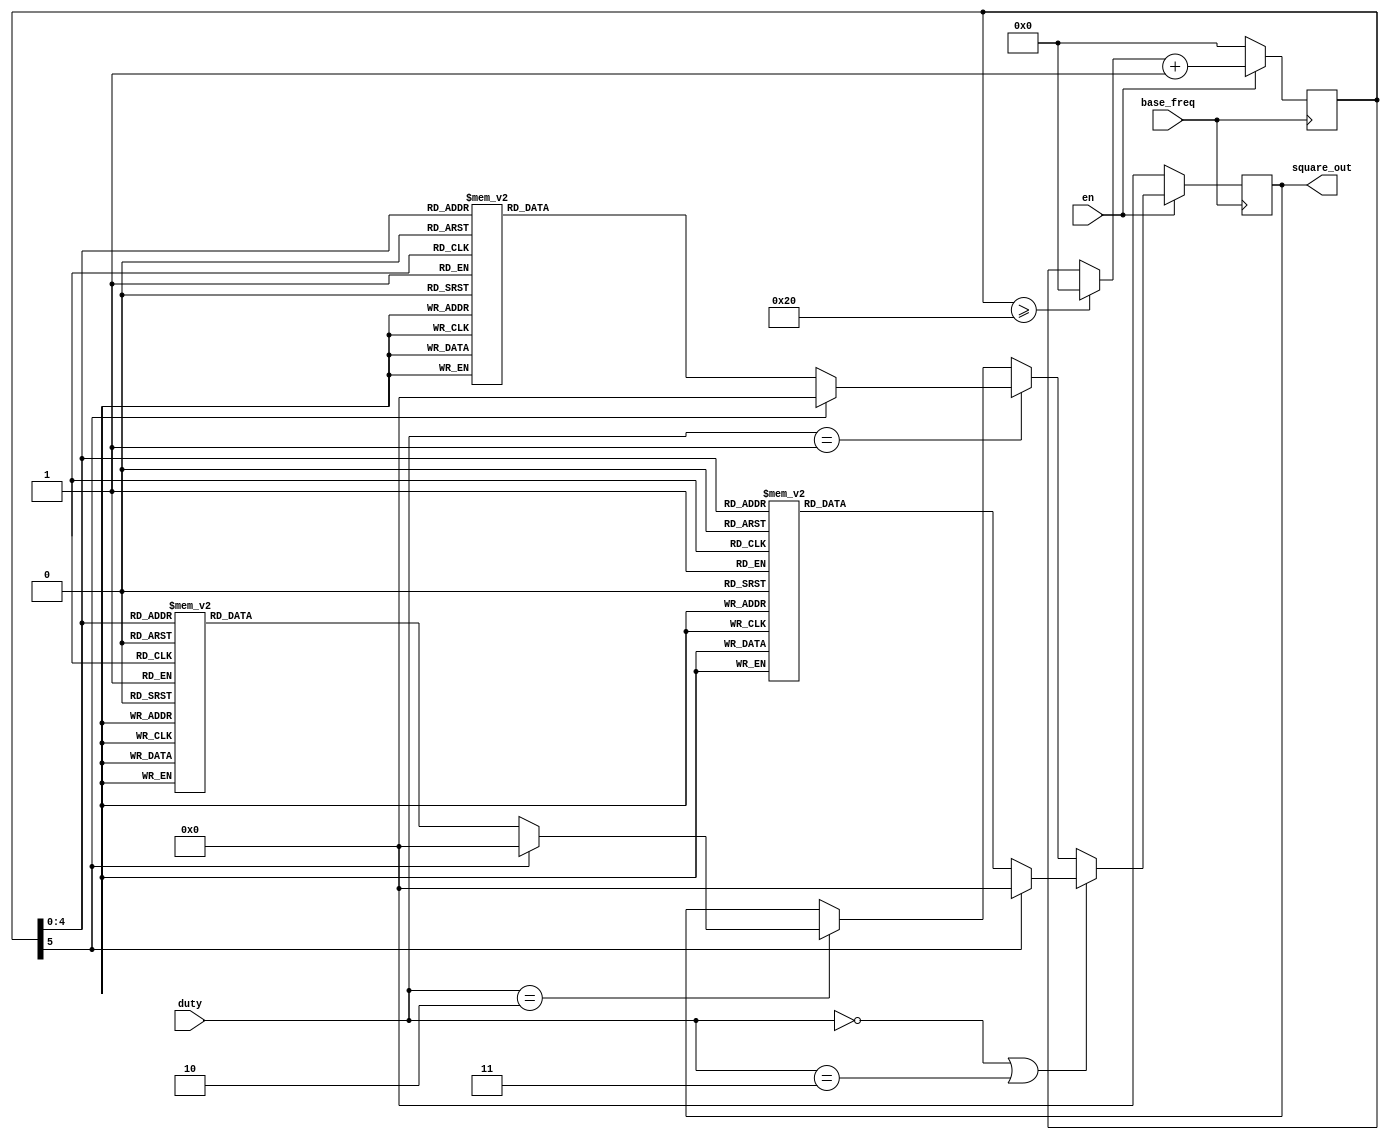
`timescale 1ns / 1ns
//SQUAREGEN: Generates a square wave at 64x the input frequency. 
module square_gen(
	base_freq,
	square_out,
	duty,
	en
    );

//input en;
input base_freq;
input [1:0] duty;
input en;
reg [5:0] count; //max value 63
reg [1:0] step;
output reg [3:0] square_out;

initial
begin
count = 0;
step = 0;
square_out = 4'b0000;
end

always@(posedge base_freq)
begin

/*
if (count >= 16)
begin
	if (square_out == 4'b0000)
		begin
			square_out = 4'b1111;
		end
	else
		begin
			square_out = 4'b0000;
		end
	count = 0;
end
*/
if (duty == 0 || duty == 3)
begin
	case (count)
	0: square_out = 0;
	1: square_out = 0;
	2: square_out = 0;
	3: square_out = 0;
	
	4: square_out = 0;
	5: square_out = 0;
	6: square_out = 0;
	7: square_out = 0;
	
	8: square_out = 0;
	9: square_out = 0;
	10: square_out = 0;
	11: square_out = 0;
	
	12: square_out = 0;
	13: square_out = 0;
	14: square_out = 0;
	15: square_out = 0;
	
	16: square_out = 15;
	17: square_out = 15;
	18: square_out = 15;
	19: square_out = 15;
	
	20: square_out = 15;
	21: square_out = 15;
	22: square_out = 15;
	23: square_out = 15;
	
	24: square_out = 15;
	25: square_out = 15;
	26: square_out = 15;
	27: square_out = 15;
	
	28: square_out = 15;
	29: square_out = 15;
	30: square_out = 15;
	31: square_out = 15;
	default: square_out = 0;
	endcase
end
else if (duty == 1) 
begin
	case (count)
	0: square_out = 0;
	1: square_out = 0;
	2: square_out = 0;
	3: square_out = 0;
	
	4: square_out = 0;
	5: square_out = 0;
	6: square_out = 0;
	7: square_out = 0;
	
	8: square_out = 15;
	9: square_out = 15;
	10: square_out = 15;
	11: square_out = 15;
	
	12: square_out = 15;
	13: square_out = 15;
	14: square_out = 15;
	15: square_out = 15;
	
	16: square_out = 15;
	17: square_out = 15;
	18: square_out = 15;
	19: square_out = 15;
	
	20: square_out = 15;
	21: square_out = 15;
	22: square_out = 15;
	23: square_out = 15;
	
	24: square_out = 15;
	25: square_out = 15;
	26: square_out = 15;
	27: square_out = 15;
	
	28: square_out = 15;
	29: square_out = 15;
	30: square_out = 15;
	31: square_out = 15;
	default: square_out = 0;
	endcase
end
else if (duty == 2)
begin
	case (count)
	0: square_out = 0;
	1: square_out = 0;
	2: square_out = 0;
	3: square_out = 0;
	
	4: square_out = 15;
	5: square_out = 15;
	6: square_out = 15;
	7: square_out = 15;
	
	8: square_out = 15;
	9: square_out = 15;
	10: square_out = 15;
	11: square_out = 15;
	
	12: square_out = 15;
	13: square_out = 15;
	14: square_out = 15;
	15: square_out = 15;
	
	16: square_out = 15;
	17: square_out = 15;
	18: square_out = 15;
	19: square_out = 15;
	
	20: square_out = 15;
	21: square_out = 15;
	22: square_out = 15;
	23: square_out = 15;
	
	24: square_out = 15;
	25: square_out = 15;
	26: square_out = 15;
	27: square_out = 15;
	
	28: square_out = 15;
	29: square_out = 15;
	30: square_out = 15;
	31: square_out = 15;
	default: square_out = 0;
	endcase
end


	if (count >= 32)
	begin
		count = 0;
	end


	if (en) 
	begin
		count = count + 1;
	end
	else
	begin
		count = 0;
		square_out = 4'b0000;
	end



end


endmodule